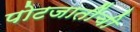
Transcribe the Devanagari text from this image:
पोटजातींची